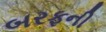
બરફની